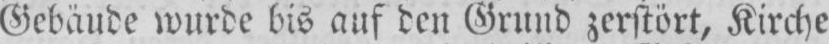
Gebäude wurde bis auf den Grund zerstört, Kirche